Vaccination in Bombay 1863-1868 - 1863-1868
Year: 1863
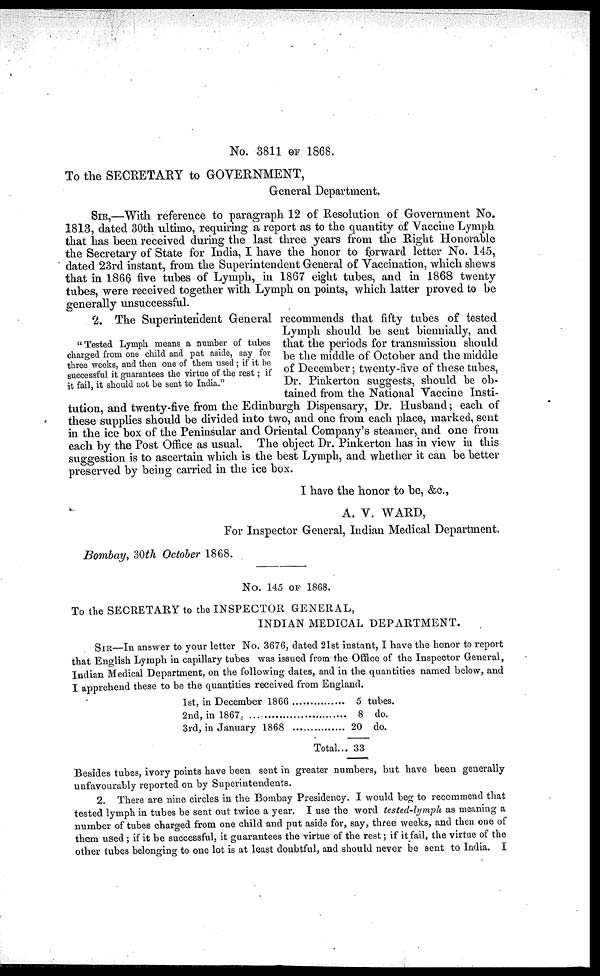
No. 3811 OF 1868.
To the SECRETARY to GOVERNMENT,
General Department.
SIR,—With reference to paragraph 12 of Resolution of Government No.
1813, dated 30th ultimo, requiring a report as to the quantity of Vaccine Lymph
that has been received during the last three years from the Right Honorable
the Secretary of State for India, I have the honor to forward letter No. 145,
dated 23rd instant, from the Superintendent General of Vaccination, which shews
that in 1866 five tubes of Lymph, in 1867 eight tubes, and in 1868 twenty
tubes, were received together with Lymph on points, which latter proved to be
generally unsuccessful.
" Tested Lymph means a number of tubes
charged from one child and put aside, say for
three weeks, and then one of them used ; if it be
successful it guarantees the virtue of the rest; if
it fail, it should not be sent to India."
2. The Superintendent General recommends that fifty tubes of tested
Lymph should be sent biennially, and
that the periods for transmission should
be the middle of October and the middle
of December; twenty-five of these tubes,
Dr. Pinkerton suggests, should be ob-
tained from the National Vaccine Insti-
tution, and twenty-five from the Edinburgh Dispensary, Dr. Husband; each of
these supplies should be divided into two, and one from each place, marked, sent
in the ice box of the Peninsular and Oriental Company's steamer, and one from
each by the Post Office as usual. The object Dr. Pinkerton has in view in this
suggestion is to ascertain which is the best Lymph, and whether it can be better
preserved by being carried in the ice box.
I have the honor to be, &c.,
A. V. WARD,
For Inspector General, Indian Medical Department.
Bombay, 30th October 1868.
No. 145 OF 1868.
To the SECRETARY to the INSPECTOR GENERAL,
INDIAN MEDICAL DEPARTMENT.
SIR—In answer to your letter No. 3676, dated 21st instant, I have the honor to report
that English Lymph in capillary tubes was issued from the Office of the Inspector General,
Indian Medical Department, on the following dates, and in the quantities named below, and
I apprehend these to be the quantities received from England.
1st, in December 1866 . . . . . . . . . . . .
2nd, in 1867. . . . . . . . . . . .
3rd, in January 1868 . . . . . . . . . . . .
Total . . .
5 tubes.
8 do.
20 do.
33
Besides tubes, ivory points have been sent in greater numbers, but have been generally
unfavourably reported on by Superintendents.
2. There are nine circles in the Bombay Presidency. I would beg to recommend that
tested lymph in tubes be sent out twice a year. I use the word tested-lymph as meaning a
number of tubes charged from one child and put aside for, say, three weeks, and then one of
them used ; if it be successful, it guarantees the virtue of the rest; if it fail, the virtue of the
other tubes belonging to one lot is at least doubtful, and should never be sent to India. I